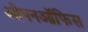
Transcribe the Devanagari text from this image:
ओपनऑफिस